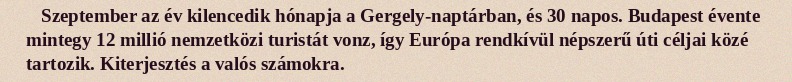
Szeptember az év kilencedik hónapja a Gergely-naptárban, és 30 napos. Budapest évente mintegy 12 millió nemzetközi turistát vonz, így Európa rendkívül népszerű úti céljai közé tartozik. Kiterjesztés a valós számokra.